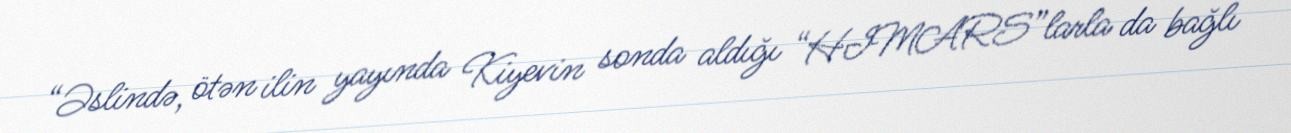
“Əslində, ötən ilin yayında Kiyevin sonda aldığı “HIMARS”larla da bağlı